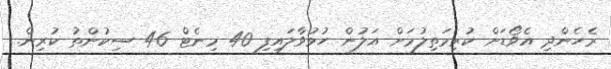
ރެހެންދި އެވޯޑަށް ކުރިމަތިލުމަށް އަލުން ހުޅުވާލައިފި 40 މިނެޓް 46 ސިކުންތު ކުރިން.